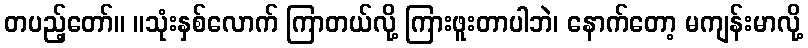
တပည့်တော်။ ။သုံးနှစ်လောက် ကြာတယ်လို့ ကြားဖူးတာပါဘဲ၊ နောက်တော့ မကျန်းမာလို့